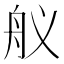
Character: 舣